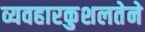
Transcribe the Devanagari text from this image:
व्यवहारकुशलतेने